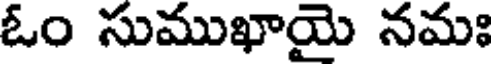
ఓం సుముఖాయై నమః